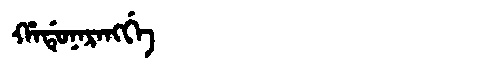
Manchu: ᡥᠠᡩᡠᠨᠠᡵᠠᠩᡤᡝ
Romanization: HADUNARANGGE